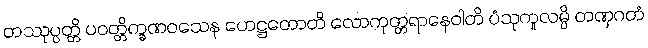
တဿုပ္ပတ္တိ ပဝတ္တိက္ခဏဝသေန ဟေဋ္ဌတောတိ လောကုတ္တရာနေဝါတိ ပံသုကူလမ္ပိ တဏှဂတံ